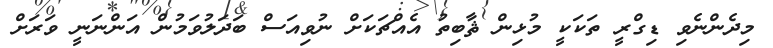
މިދެންނެވި ޑިގްރީ ތަކަކީ މުޅިން ޘާބިތު އެއްޗަކަށް ނުވިއަސް ބަދަލުވަމުން އަންނަނީ ވަރަށް